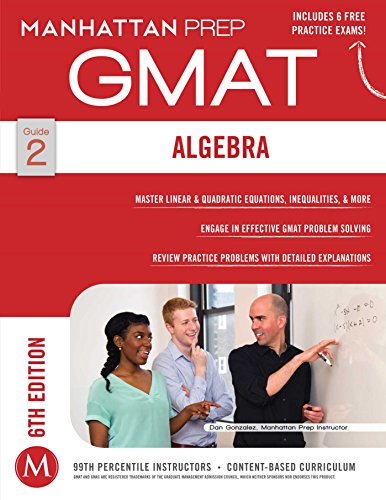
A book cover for Algebra GMAT Strategy Guide (Manhattan Prep GMAT Strategy Guides); Manhattan Prep; Test Preparation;